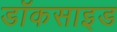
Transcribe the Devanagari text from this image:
डॉकसाइड